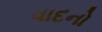
વાદનો